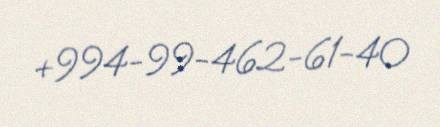
+994-99-462-61-40